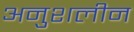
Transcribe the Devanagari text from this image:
अनुशलीन